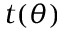
t ( \theta )